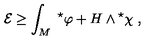
{ \cal E } \ge \int _ { M } \ { } ^ { \star } \varphi + H \wedge { } ^ { \star } \chi \ ,